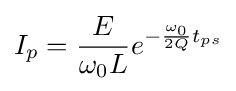
I_{p}={\frac {E}{\omega _{0}L}}e^{-{\frac {\omega _{0}}{2Q}}t_{ps}}